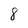
Character: 8